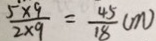
\frac { 5 \times 9 } { 2 \times 9 } = \frac { 4 5 } { 1 8 } ( m )